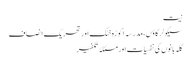
نیت
سیکولر گاؤں، مدرسہ اکوڑہ خٹک اور تحریک انصاف
گلہ بانوں کی نفسیات اور مسئلۂ تکفیر